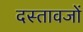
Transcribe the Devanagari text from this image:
दस्तावजों